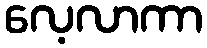
လေ့လာကာ